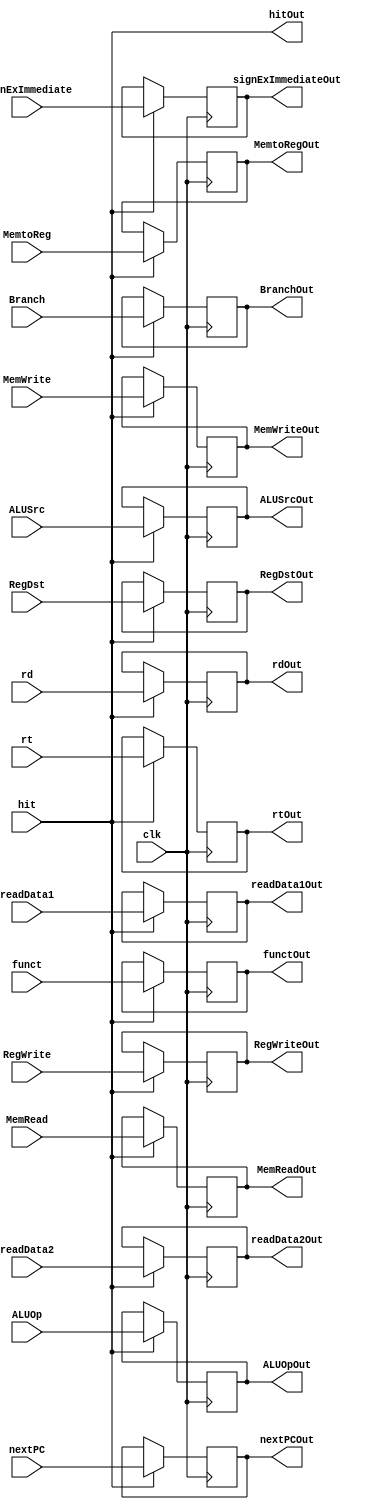
`timescale 1ns / 1ps
//////////////////////////////////////////////////////////////////////////////////
// Company: 
// Engineer: 
// 
// Design Name: 
// Module Name:    id_ex 
// Project Name: 
// Target Devices: 
// Tool versions: 
// Description: 
//
// Dependencies: 
//
// Revision: 
// Revision 0.01 - File Created
// Additional Comments: 
//
//////////////////////////////////////////////////////////////////////////////////
module id_ex(input clk, input [31:0]readData1,input [31:0]readData2,input [31:0]signExImmediate,
	input RegDst, input ALUSrc, input MemtoReg, input RegWrite,input MemRead,input MemWrite,
	input Branch, input [2:0]ALUOp,input[4:0] rd,input[4:0] rt,input [5:0]funct, input [31:0]nextPC,
	input hit,
	
	output reg[31:0]readData1Out,output reg [31:0]readData2Out,output reg [31:0]signExImmediateOut,output reg RegDstOut,
	output reg ALUSrcOut, output reg MemtoRegOut, output reg RegWriteOut,output reg MemReadOut,output reg MemWriteOut,
	output reg BranchOut, output reg [2:0]ALUOpOut,output reg[4:0]rdOut,output reg[4:0]rtOut,output reg[5:0]functOut,
	output reg[31:0]nextPCOut, output reg hitOut
);
	always@(negedge clk)
	begin
		if(hit)
		begin
			readData1Out <= readData1;
			readData2Out <= readData2;
			signExImmediateOut <= signExImmediate;
			rdOut <= rd;
			rtOut <= rt;
			functOut <=funct;	
			ALUSrcOut <= ALUSrc;
			RegDstOut <= RegDst;
			MemtoRegOut <= MemtoReg;
			RegWriteOut <= RegWrite;
			MemReadOut <= MemRead;
			MemWriteOut <= MemWrite;
			nextPCOut <= nextPC;
			BranchOut <= Branch;
			ALUOpOut <= ALUOp;
		end
		
	end
	
	always@(hit)
	begin
			hitOut = hit;
	end



endmodule